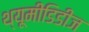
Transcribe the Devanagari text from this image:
थ्यूमीडिडीज